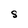
Character: S